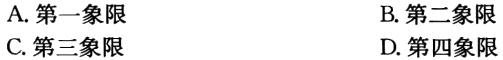
A. 第一象限
B. 第二象限
C. 第三象限
D. 第四象限